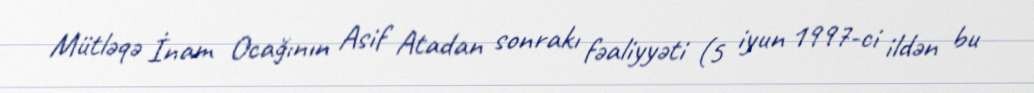
Mütləqə İnam Ocağının Asif Atadan sonrakı fəaliyyəti (5 iyun 1997-ci ildən bu